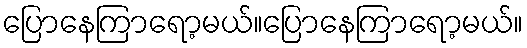
ပြောနေကြာရော့မယ်။ပြောနေကြာရော့မယ်။